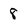
Character: 8